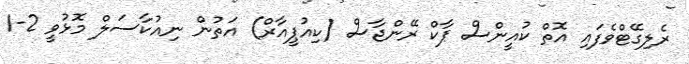
ރެލިގޭޓްވެފައި އޮތް ކުއީންސް ޕާކް ރޭންޖާސް (ކިއުޕީއާރް) އަތުން ނިއުކާސަލް މޮޅުވީ 2-1